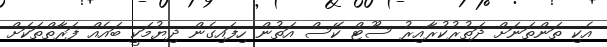
އެކި ތަންތަނަށް ދަތުރުކުރާއިރު ސޫޓް ކޭސް އަތުން ހިފައިގެން ދިޔުމަކީ ބައެއް ފަރާތްތަކަށް